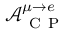
\mathcal { A } _ { \mathrm { ~ C ~ P ~ } } ^ { \mu \rightarrow e }